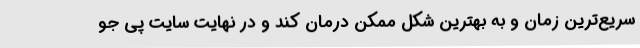
سریع‌ترین زمان و به بهترین شکل ممکن درمان کند و در نهایت سایت پی جو